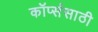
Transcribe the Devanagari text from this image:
कॉर्प्ससाठी